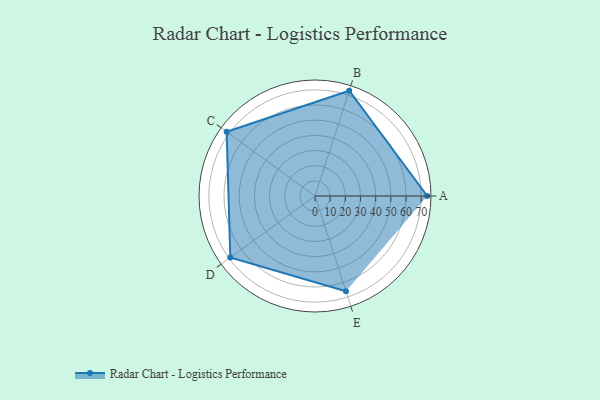
{"axis": {"x": "Skill", "y": "Score"}, "legend": ["Profile"], "data": [{"x": "A", "y": 74.0, "type": "Profile"}, {"x": "B", "y": 73.0, "type": "Profile"}, {"x": "C", "y": 72.0, "type": "Profile"}, {"x": "D", "y": 69.0, "type": "Profile"}, {"x": "E", "y": 66.0, "type": "Profile"}]}